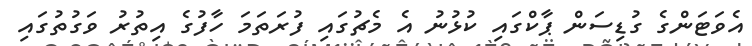
އެވަޓަންގެ ގުޑިސަން ޕާކްގައި ކުޅުނު އެ މެޗުގައި ފުރަތަމަ ހާފުގެ އިތުރު ވަގުތުގައި